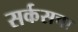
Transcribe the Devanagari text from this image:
सर्कसचा